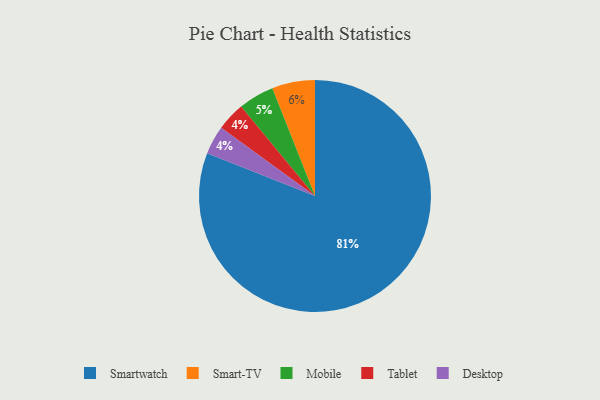
{"axis": {"x": "Category", "y": "Percentage"}, "legend": ["Desktop", "Mobile", "Smart-TV", "Smartwatch", "Tablet"], "data": [{"x": "Smartwatch", "y": 81, "type": "Smartwatch"}, {"x": "Tablet", "y": 4, "type": "Tablet"}, {"x": "Smart-TV", "y": 6, "type": "Smart-TV"}, {"x": "Mobile", "y": 5, "type": "Mobile"}, {"x": "Desktop", "y": 4, "type": "Desktop"}]}